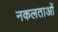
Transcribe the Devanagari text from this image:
नकलताओं